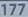
177